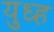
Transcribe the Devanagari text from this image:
युध्ह